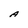
Character: A